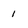
Character: 1